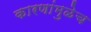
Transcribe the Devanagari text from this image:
कारणांमुळेच